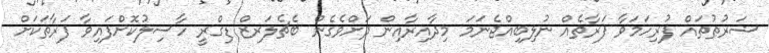
ޝަރުޠުތައް ފުރިހަމަވާ ފަރާތެއް ނުލިބިއްޖެނަމަ މިދާއިރާއިން ދަށްވެގެން ބެޗެލަރޒް ޑިގްރީ ހާސިލުކޮށްފައިވާ ފަރާތަކަށް